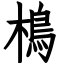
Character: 樢